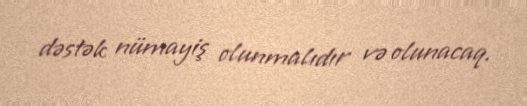
dəstək nümayiş olunmalıdır və olunacaq.